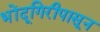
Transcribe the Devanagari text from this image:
भोंदूगिरीपासून